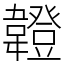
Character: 𩏠